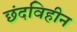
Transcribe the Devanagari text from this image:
छंदविहीन